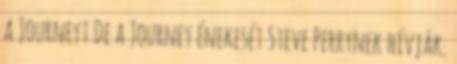
a Journeyt De a Journey énekesét Steve Perrynek hívják.